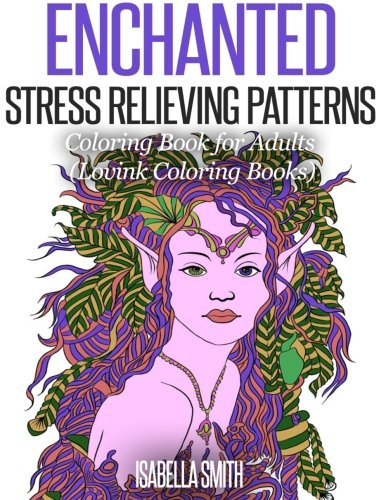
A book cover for Enchanted  Stress Relieving Patterns: Coloring Book for Adults (Lovink Coloring Books); Isabella Smith; Arts & Photography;